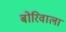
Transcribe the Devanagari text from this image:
बोरिवाला